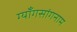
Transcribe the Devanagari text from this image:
ग्याँगसांगनाम